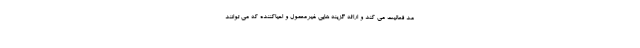
مد فعالیت می کند و ارائه گزینه هایی غیرمعمول و احیاکننده که می توانند